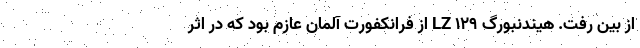
از بین رفت. هیندنبورگ LZ 129 از فرانکفورت آلمان عازم بود که در اثر